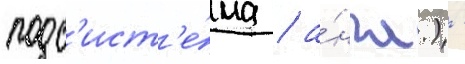
подс'ист'е́ма / а́нгл.) -